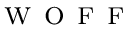
\l _ { \textsc { w o f f } }